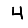
Digit: 4